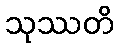
သုဿတိ